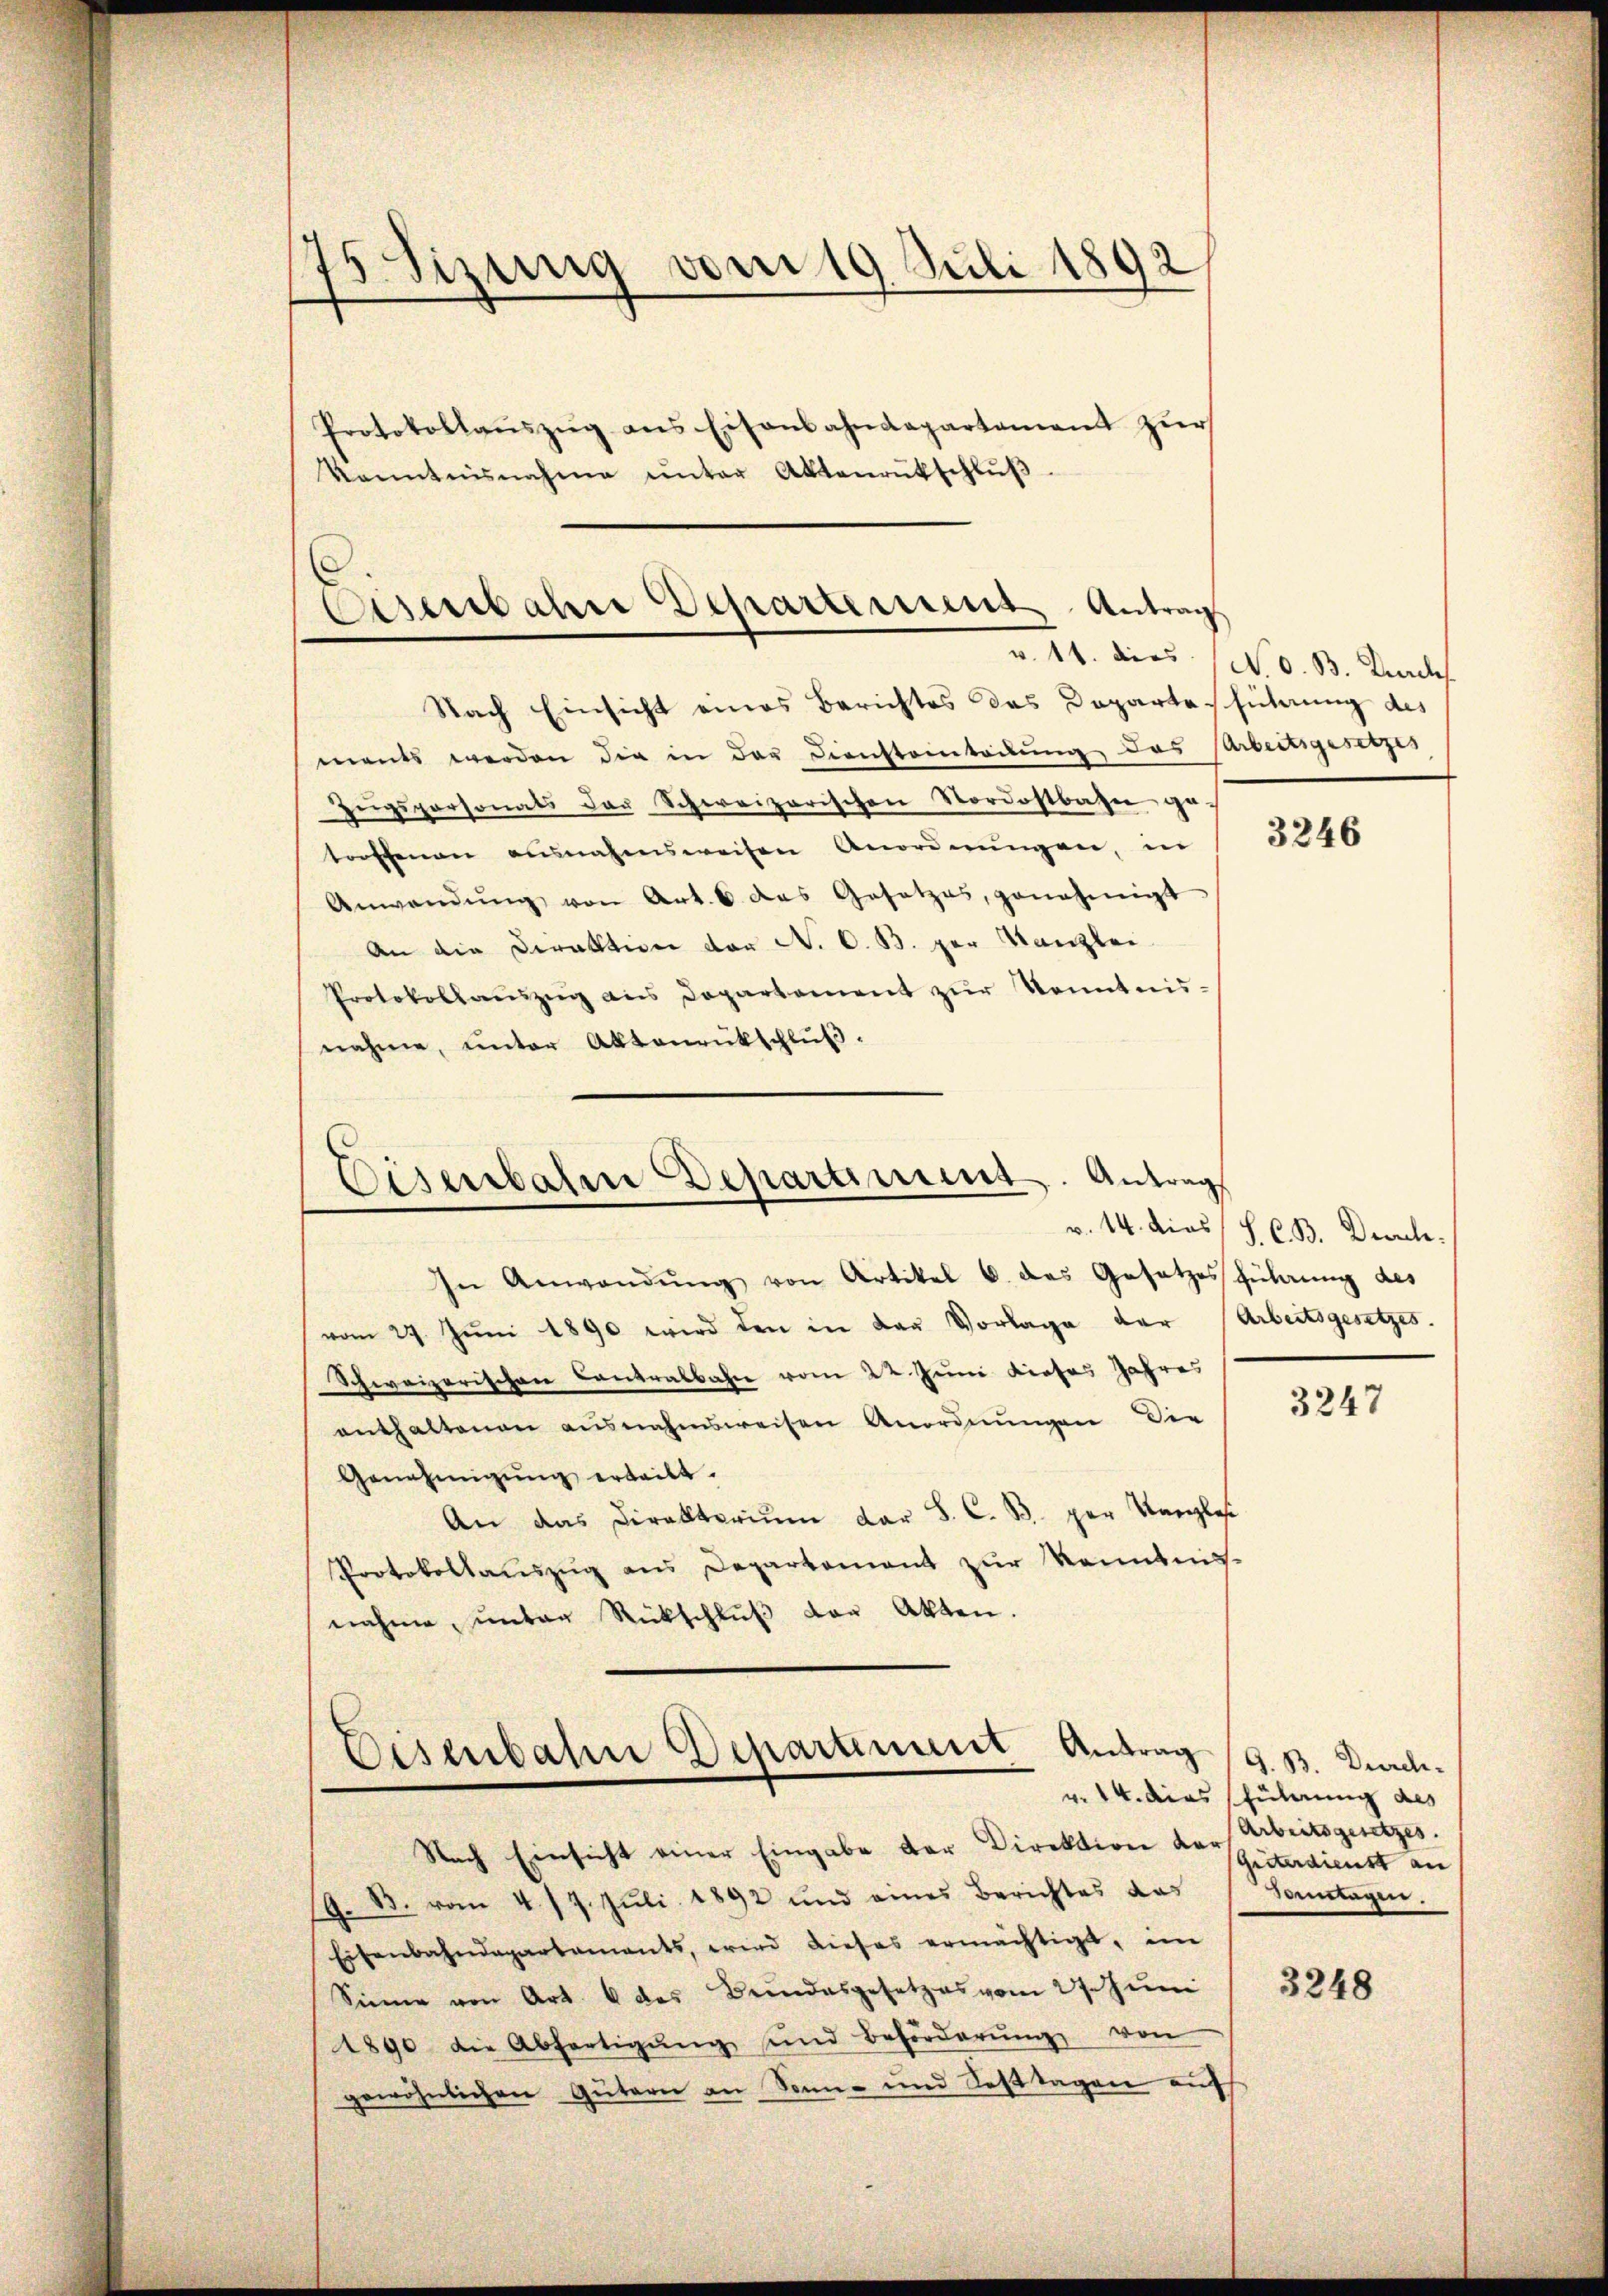
75 Sizung vom 19. Juli 1892

Protokollaŭszŭg ans Eisenbahndepartement zŭr
Kenntnisnahme ŭnter Aktenrütschlŭβ

Eisenbahre Departement Antrags

Nach Einsicht eines Berichtes das Departesführung des
ments werden die in der Diensteinladung des Arbeitsgesetzes
Zŭgspersonats der Schweizerischen Nordostbahn ge-
troffenen ausnahmsweisen Anordnungen, in
Anwendŭng von Art. 6 das Gesetzes, genehmigt
An die Direktion der N. O. B. zur Kanzlei
Protokollaŭszŭg ans Departement zŭr Kenntnis-
nahme, unter Aktenrückschluß.

In Anwendŭng von Artikel 6. das Gesetzes führŭng des
vom 27. Jŭni 1890 wird den in der Vorlage der Arbeitsgesetzes.
Schweizerischen Contralbahn vom 22. Juni dieses Jahres
enthaltenen ausnahmsweisen Anordnungen die
Genehmigŭng erteilt.
An das Dirakterium der S. C. B. per Kanzlose
Protokollauszug aus Departement zur Kenntnis-
nahme, unter Rückschlŭβ der Akten.

Eisenbahn Departiment. Antrag
v. 14. dies

Eisenbahn Departement Antrag

Nach Einsicht einer Eingabe der Direktion der
G. B. vom 4. 17. Juli 1892 und eines Berichtes das
Eisenbahndepartaments, wird dieses ermächtigt, im
Sinne von Art. 6 des Bundesgesetzes vom 27. Juni
1890 die Abfertigŭng und Beförderŭng von
gewöhnlichen Gütern an Sonn- und Festtagen auf

v. 14. dies (N. O. B. Durchs

3246

S. C. B. Desch.

3247

G. B. Durch.
v. 14. dies führung des
Arbeitsgesetzes.
Giiterdienst an
Sontagen.

3248